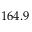
1 6 4 . 9